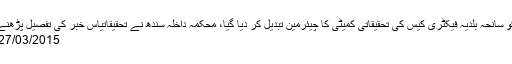
تفصیلات کے مطابق جمعہ کو سانحہ بلدیہ فیکٹری کیس کی تحقیقاتی کمیٹی کا چیئرمین تبدیل کر دیا گیا، محکمہ داخلہ سندھ نے تحقیقاتیاس خبر کی تفصیل پڑھنے کیلئے یہاں پر کلک کیجئے
27/03/2015 - 16:24:08 :وقت اشاعت